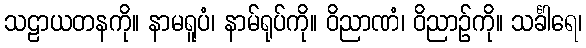
သဠာယတနကို။ နာမရူပံ၊ နာမ်ရုပ်ကို။ ဝိညာဏံ၊ ဝိညာဉ်ကို။ သင်္ခါရေ၊